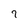
Character: 7